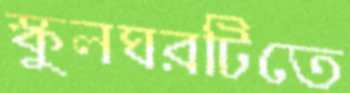
স্কুলঘরটিতে